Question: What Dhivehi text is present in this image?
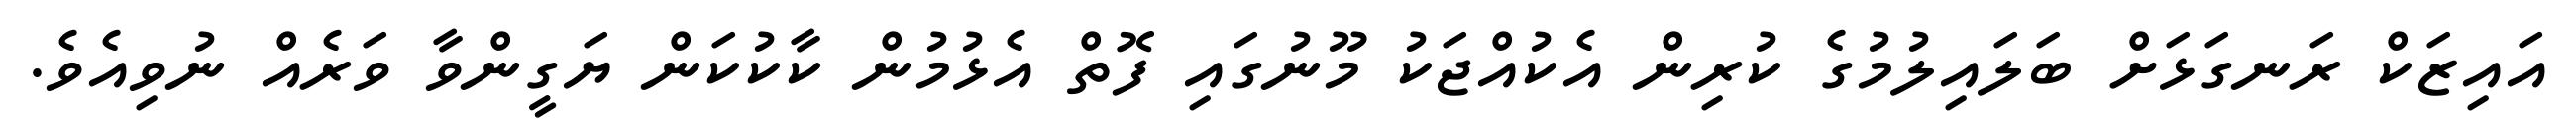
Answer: އައިޒަކް ރަނގަޅަށް ބަލައިލުމުގެ ކުރިން އެކުއްޖަކު މޫނުގައި ފޮތް އެޅުމުން ކާކުކަން ޔަގީންވާ ވަރެއް ނުވިއެވެ.